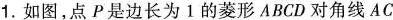
如图，占 P 是边长为1的菱形ABCD 对角线AC